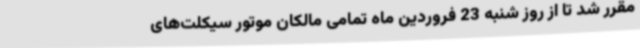
مقرر شد تا از روز شنبه 23 فروردین ماه تمامی مالکان موتور سیکلت‌های